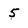
Character: 5